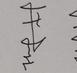
Signature authenticity: genuine